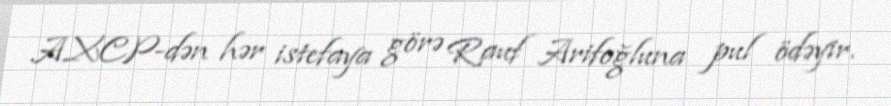
AXCP-dən hər istefaya görə Rauf Arifoğluna pul ödəyir.